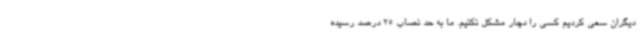
دیگران سعی کردیم کسی را دچار مشکل نکنیم. ما به حد نصاب 25 درصد رسیده